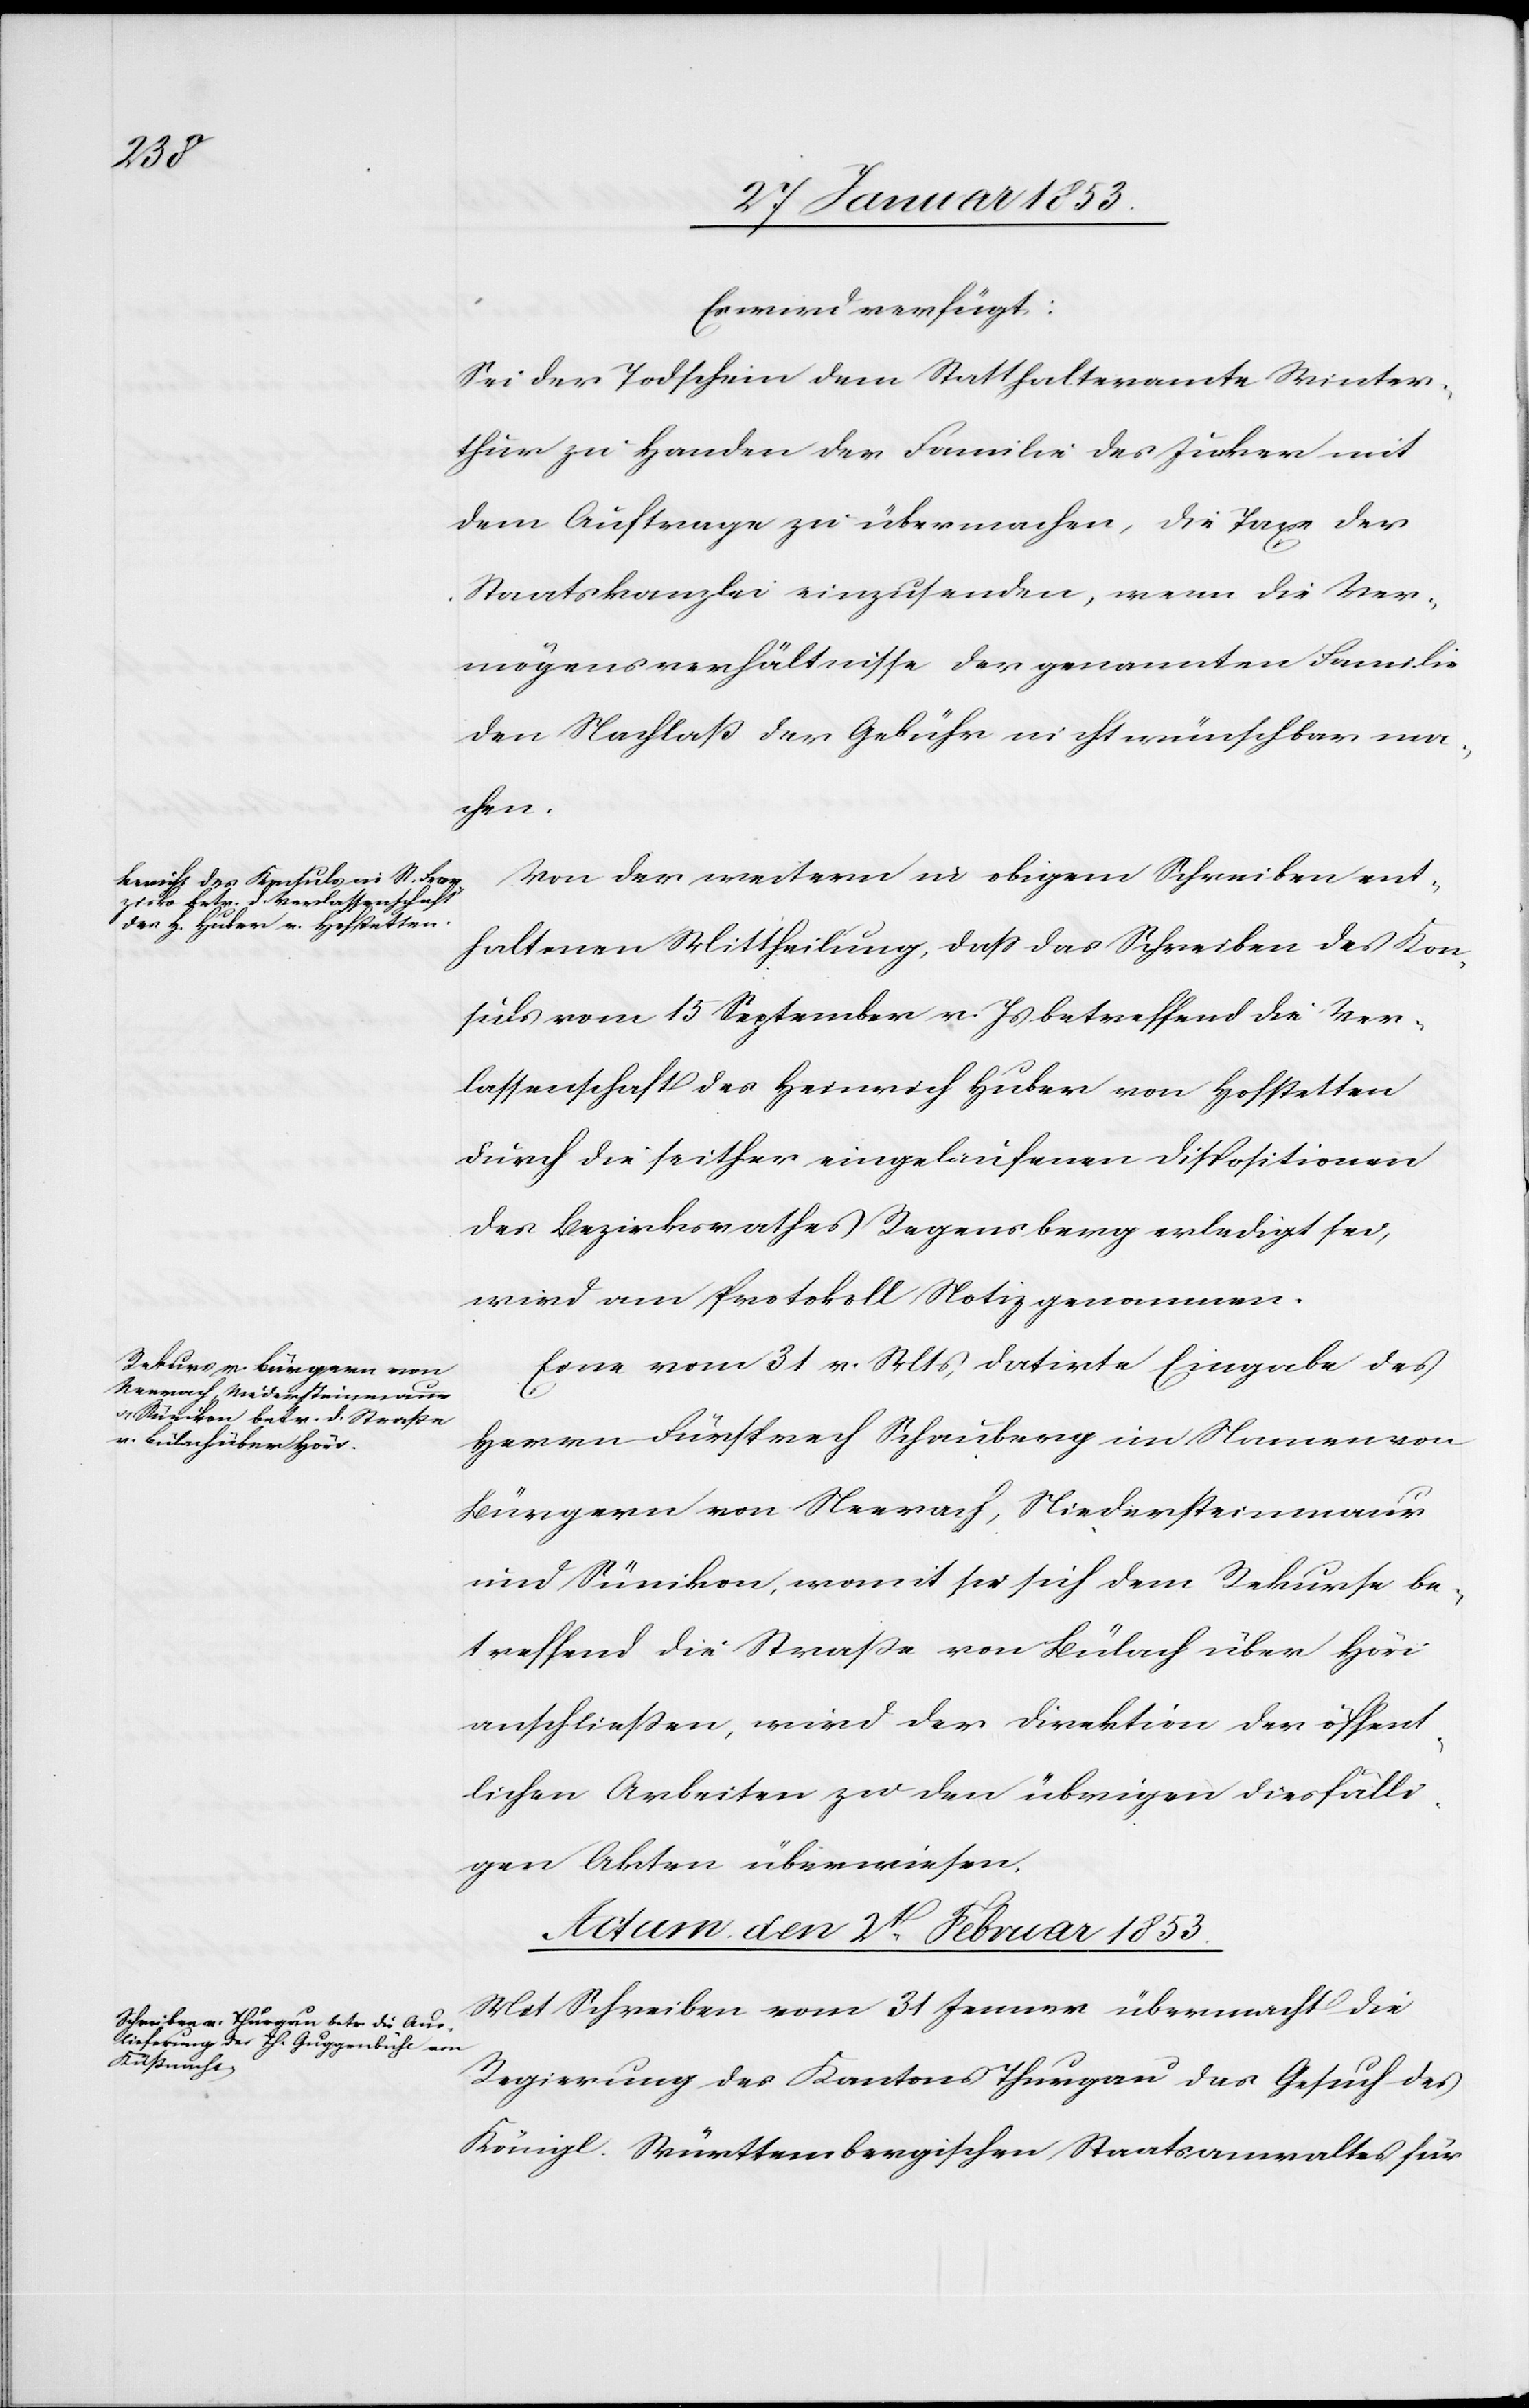
Es wird verfügt:
Sei der Todschein dem Statthalteramte Winter¬
thur zu Handen der Familie des Jucker mit
dem Auftrage zu übermachen, die Taxe der
Staatskanzlei einzusenden, wenn die Ver¬
mögensverhältnisse der genannten Familie
den Nachlaß der Gebühr nicht wünschbar ma¬
chen.
Von der weitern in obigem Schreiben ent¬
haltenen Mittheilung, daß das Schreiben des Kon¬
suls vom 15 September v. Js. betreffend die Ver¬
lassenschaft des Heinrich Huber von Hofstetten
durch die seither eingelaufenen Dispositionen
des Bezirksrathes Regensberg erledigt sei,
wird am Protokoll Notiz genommen.
Eine vom 31 v. Mts. datirte Eingabe des
Herrn Fürsprech Schauberg im Namen von
Bürgern von Neerach, Niedersteinmaur
und Rümikon, womit sie sich dem Rekurse be¬
treffend die Straße von Bülach über Höri
anschließen, wird der Direktion der öffent¬
lichen Arbeiten zu den übrigen diesfälli¬
gen Akten überwiesen.
Actum, den 1 Februar 1853]
Mit Schreiben vom 31 Januar übermacht die
Regierung des Kantons Thurgau das Gesuch des
Königl. Württembergischen Staatsanwaltes für